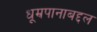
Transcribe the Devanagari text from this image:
धूम्रपानाबद्दल